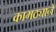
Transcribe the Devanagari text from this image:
कामठ्याने